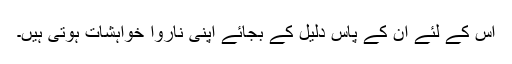
اس کے لئے ان کے پاس دلیل کے بجائے اپنی ناروا خواہشات ہوتی ہیں۔